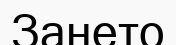
Зането